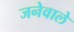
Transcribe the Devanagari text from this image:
जनेवाले